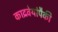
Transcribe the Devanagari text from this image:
काद्रवेयांपैकी